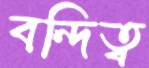
বন্দিত্ব